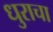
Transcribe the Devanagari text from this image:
धुराचा